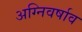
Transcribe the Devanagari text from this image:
अग्निवर्षाव